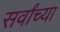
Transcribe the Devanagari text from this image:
सर्वांच्‍या